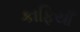
કાફિયાઁ